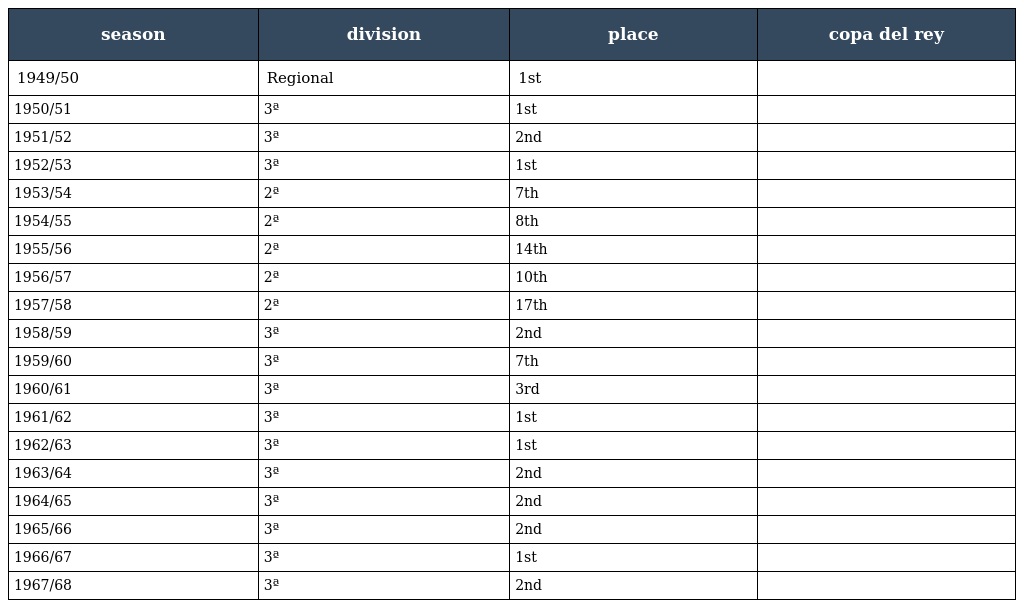
| season | division | place | copa del rey |
 | --- | --- | --- | --- |
 | 1949/50 | Regional | 1st |  |
 | 1950/51 | 3ª | 1st |  |
 | 1951/52 | 3ª | 2nd |  |
 | 1952/53 | 3ª | 1st |  |
 | 1953/54 | 2ª | 7th |  |
 | 1954/55 | 2ª | 8th |  |
 | 1955/56 | 2ª | 14th |  |
 | 1956/57 | 2ª | 10th |  |
 | 1957/58 | 2ª | 17th |  |
 | 1958/59 | 3ª | 2nd |  |
 | 1959/60 | 3ª | 7th |  |
 | 1960/61 | 3ª | 3rd |  |
 | 1961/62 | 3ª | 1st |  |
 | 1962/63 | 3ª | 1st |  |
 | 1963/64 | 3ª | 2nd |  |
 | 1964/65 | 3ª | 2nd |  |
 | 1965/66 | 3ª | 2nd |  |
 | 1966/67 | 3ª | 1st |  |
 | 1967/68 | 3ª | 2nd |  |